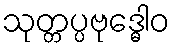
သုတ္တပ္ပဗုဒ္ဓေါဝ